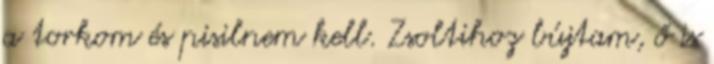
a torkom és pisilnem kell. Zsoltihoz bújtam, ő is